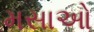
મસાઓ